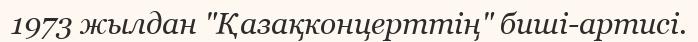
1973 жылдан "Қазақконцерттің" биші-артисі.